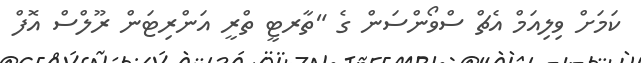
ކަމަށް ވިލިއަމް އެޗް ސްވޯންސަން ގެ "ތާރޓީ ތްރީ އަންރިޓަން ރޫލްސް އޮފް